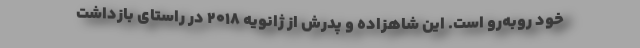
خود روبه‌رو است. این شاهزاده و پدرش از ژانویه ۲۰۱۸ در راستای بازداشت‌